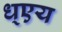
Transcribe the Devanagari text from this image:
ध्एय